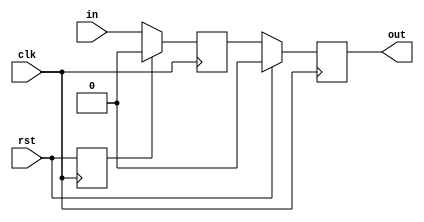
// This program was cloned from: https://github.com/lvyitian/public_personal_files
// License: Creative Commons Zero v1.0 Universal

module TC_DelayLine (clk, rst, in, out);
    parameter UUID = 0;
    parameter NAME = "";
    parameter BIT_WIDTH = 1;
    input clk;
    input rst;
    input [BIT_WIDTH-1:0] in;
    output reg [BIT_WIDTH-1:0] out;

    reg [BIT_WIDTH-1:0] value;
    reg reset;
    
    initial begin
        out = {BIT_WIDTH{1'b0}};
        value = {BIT_WIDTH{1'b0}};
        reset = 1;
    end
    
    always @ (posedge clk) begin
        if (rst)
            out <= {BIT_WIDTH{1'b0}};
        else
            out <= value;
        reset <= rst;
    end
    always @ (negedge clk) begin
        if (reset)
            value <= {BIT_WIDTH{1'b0}};
        else
            value <= in;
    end
endmodule